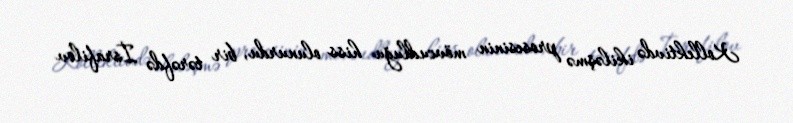
Kollektivdə ikiləşmə prosesinin mövcudluğu hiss olunurdu, bir tərəfdə İsrafilov